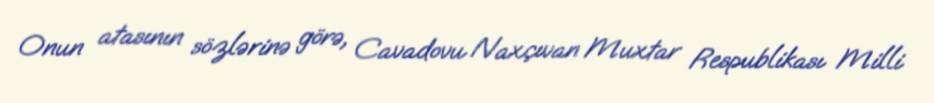
Onun atasının sözlərinə görə, Cavadovu Naxçıvan Muxtar Respublikası Milli